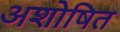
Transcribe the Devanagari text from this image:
अशोषित